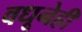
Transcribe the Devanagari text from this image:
वधूनेही